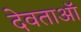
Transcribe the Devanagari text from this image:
देवताऑ